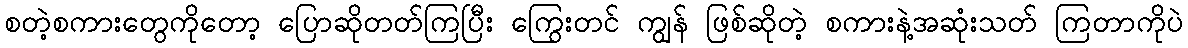
စတဲ့စကားတွေကိုတော့ ပြောဆိုတတ်ကြပြီး ကြွေးတင် ကျွန် ဖြစ်ဆိုတဲ့ စကားနဲ့အဆုံးသတ် ကြတာကိုပဲ